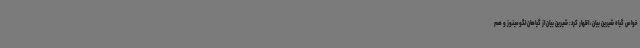
خواص گیاه شیرین بیان، اظهار کرد: شیرین بیان از گیاهان لگومینوز و هم